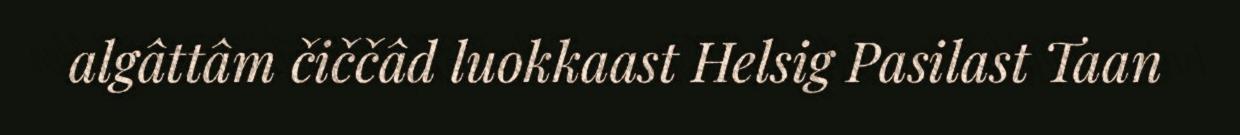
algâttâm čiččâd luokkaast Helsig Pasilast Taan